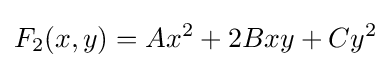
F_{2}(x,y)=Ax^{2}+2Bxy+Cy^{2}